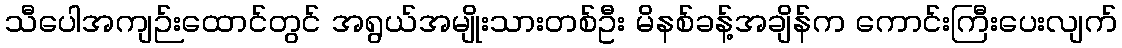
သီပေါအကျဉ်းထောင်တွင် အရွယ်အမျိုးသားတစ်ဦး မိနစ်ခန့်အချိန်က ကောင်းကြီးပေးလျက်